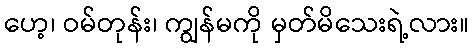
ဟေ့၊ ဝမ်တုန်း၊ ကျွန်မကို မှတ်မိသေးရဲ့လား။